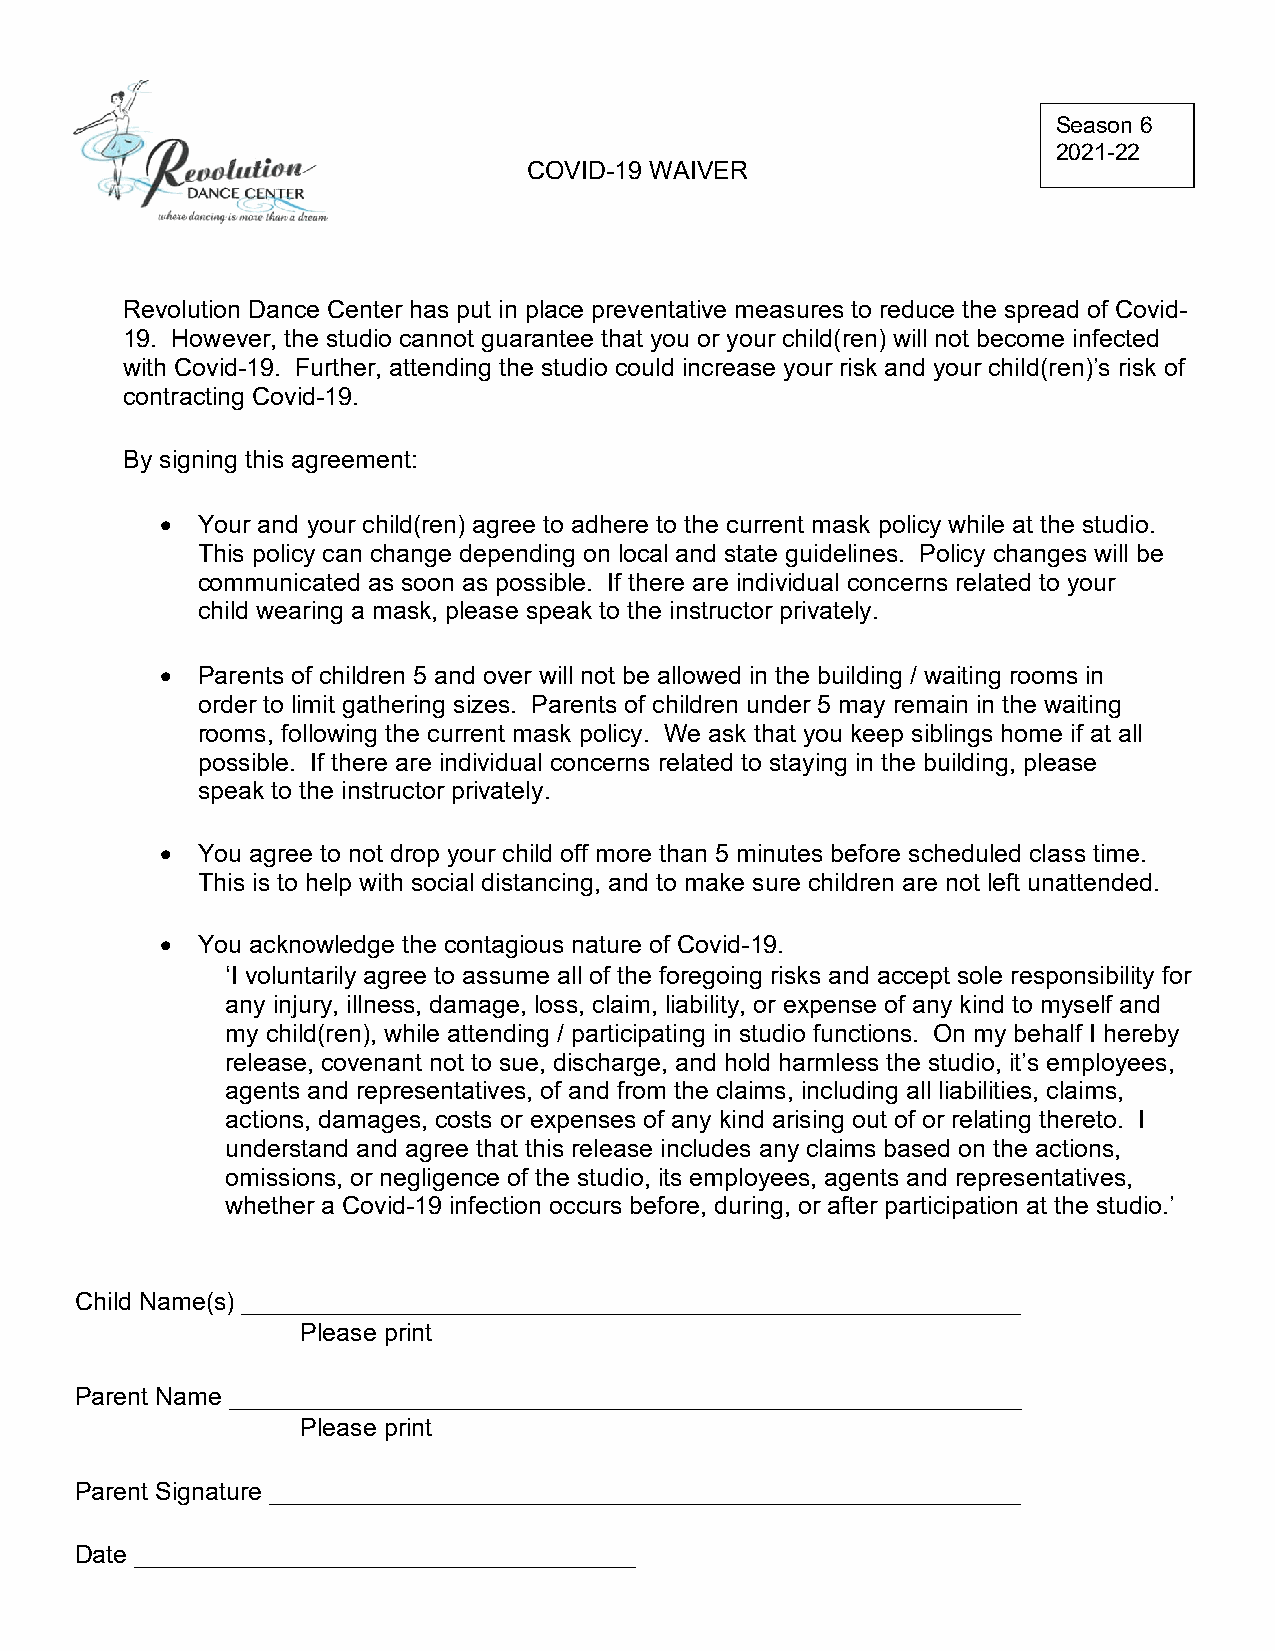
Season 6
 2021-22
 COVID-19 WAIVER
 Revolution Dance Center has put in place preventative measures to reduce the spread of Covid-
 19. However, the studio cannot guarantee that you or your child(ren) will not become infected
 with Covid-19. Further, attending the studio could increase your risk and your child(ren)’s risk of
 contracting Covid-19.
 By signing this agreement:
 • Your and your child(ren) agree to adhere to the current mask policy while at the studio.
 This policy can change depending on local and state guidelines. Policy changes will be
 communicated as soon as possible. If there are individual concerns related to your
 child wearing a mask, please speak to the instructor privately.
 • Parents of children 5 and over will not be allowed in the building / waiting rooms in
 order to limit gathering sizes. Parents of children under 5 may remain in the waiting
 rooms, following the current mask policy. We ask that you keep siblings home if at all
 possible. If there are individual concerns related to staying in the building, please
 speak to the instructor privately.
 • You agree to not drop your child off more than 5 minutes before scheduled class time.
 This is to help with social distancing, and to make sure children are not left unattended.
 • You acknowledge the contagious nature of Covid-19.
 ‘I voluntarily agree to assume all of the foregoing risks and accept sole responsibility for
 any injury, illness, damage, loss, claim, liability, or expense of any kind to myself and
 my child(ren), while attending / participating in studio functions. On my behalf I hereby
 release, covenant not to sue, discharge, and hold harmless the studio, it’s employees,
 agents and representatives, of and from the claims, including all liabilities, claims,
 actions, damages, costs or expenses of any kind arising out of or relating thereto. I
 understand and agree that this release includes any claims based on the actions,
 omissions, or negligence of the studio, its employees, agents and representatives,
 whether a Covid-19 infection occurs before, during, or after participation at the studio.’
 Child Name(s) ________________________________________________________
 Please print
 Parent Name _________________________________________________________
 Please print
 Parent Signature ______________________________________________________
 Date ____________________________________